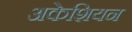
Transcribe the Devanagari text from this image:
अकेशियन